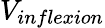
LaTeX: V_{inflexion}